Scientific memoirs by medical officers of the Army of India - Part IV,
Year: 1889
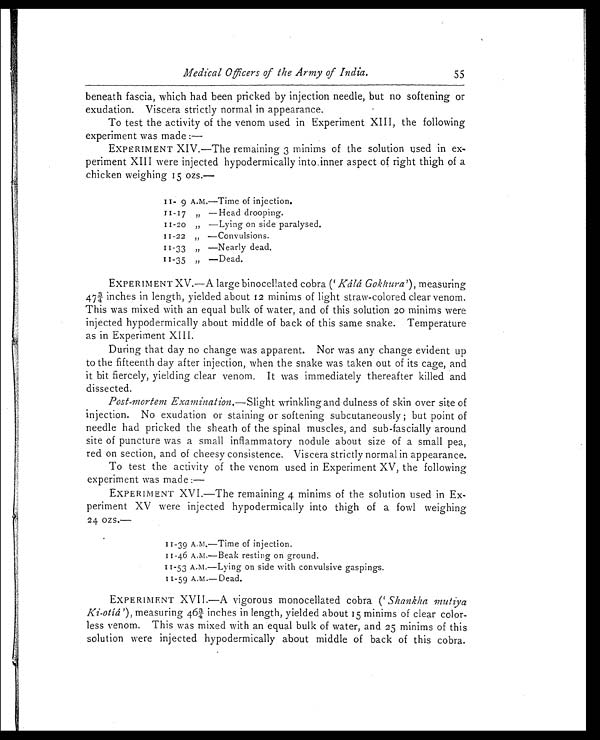
Medical Officers of the Army of India.
55
beneath fascia, which had been pricked by injection needle, but no softening or
exudation. Viscera strictly normal in appearance.
To test the activity of the venom used in Experiment XIII, the following
experiment was made :-
EXPERIMENT XIV.—The remaining 3 minims of the solution used in ex
- p e r i m e n t X I I I w e r e i n j e c t e d h y p o d e r m i c a l l y i n t o i n n e r a s p e c t o f r i g h t t h i g h o f a
chicken weighing 15 ozs.—
1 1 - 9 A . M . — T i m e o f i n j e c t i o n .
„ —Head drooping.
—Lying on side paralysed.
—Convulsions.
—Nearly dead.
„ —Dead.
EXPERIMENT XV.—A large binocellated cobra (' Káiá Gokhura'), measuring
4 7 3 / 4 i n c h e s i n l e n g t h , y i e l d e d a b o u t 1 2 m i n i m s o f l i g h t s t r a w - c o l o r e d c l e a r v e n o m .
This was mixed with an equal bulk of water, and of this solution 20 minims were
injected hypodermically about middle of back of this same snake. Temperature
as in Experiment XIII.
During that day no change was apparent. Nor was any change evident up
to the fifteenth day after injection, when the snake was taken out of its cage, and
it bit fiercely, yielding clear venom. It was immediately thereafter killed and
dissected.
Post-mortem Examination.— Slight wrinkling and dulness of skin over site of
injection. No exudation or staining or softening subcutaneously; but point of
needle had pricked the sheath of the spinal muscles, and sub-fascially around
site of puncture was a small inflammatory nodule about size of a small pea,
red on section, and of cheesy consistence. Viscera strictly normal in appearance.
To test the activity of the venom used in Experiment XV, the following
experiment was made:-
EXPERIMENT XVI.—The remaining 4 minims of the solution used in Ex
- p e r i m e n t X V w e r e i n j e c t e d h y p o d e r m i c a l l y i n t o t h i g h o f a f o w l w e i g h i n g
24 ozs.—
11-39 A.M.—Time of injection.
11-46 A.m.—Beak resting on ground.
1 1 - 5 3 A. m. —Ly i n g o n s i d e wi t h c o n v u l s i v e g a s p i n g s .
11-59 A.M.—Dead.
EXPERIMENT XVII.—A vigorous monocellated cobra (' Shankha mutiya
Ki-otiá'), measuring 463/4 inches in length, yielded about 15 minims of clear color
- l e s s v e n o m . T h i s w a s m i x e d w i t h a n e q u a l b u l k o f w a t e r , a n d 2 5 m i n i m s o f t h i s
solution were injected hypodermically about middle of back of this cobra.
11-17
11-20
11-22
11-33
11-35